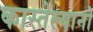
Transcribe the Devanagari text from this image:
कास्तेल्यानो